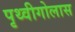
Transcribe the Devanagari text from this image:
पृथ्वीगोलास